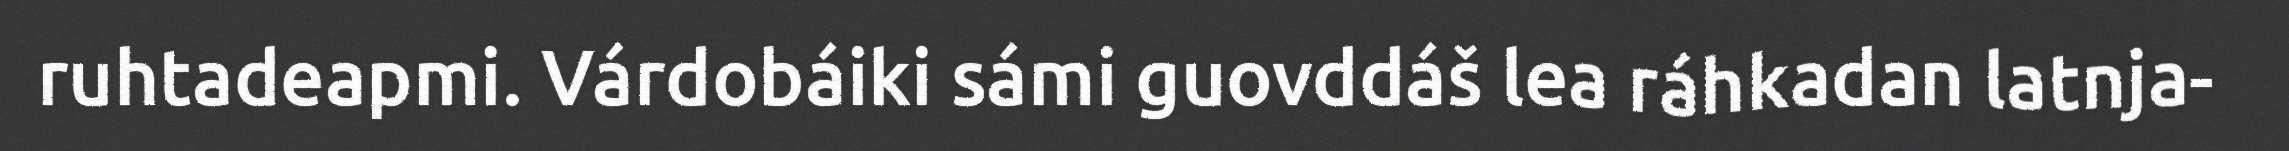
ruhtadeapmi. Várdobáiki sámi guovddáš lea ráhkadan latnja-